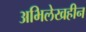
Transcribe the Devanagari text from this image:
अभिलेखहीन